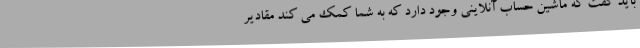
باید گفت که ماشین حساب آنلاینی وجود دارد که به شما کمک می کند مقادیر